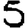
Digit: 5